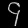
Digit: ၄